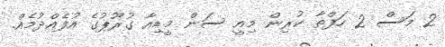
2 މަސް 2 ހަފްތާ ކުރިން މިއީ ސަން މީޑިއާ ގުރޫޕުގެ އުފެއްދުމެއް.